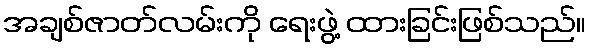
အချစ်ဇာတ်လမ်းကို ရေးဖွဲ့ ထားခြင်းဖြစ်သည်။